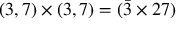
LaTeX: ( 3 , 7 ) \times ( 3 , 7 ) = ( \bar { 3 } \times 2 7 )